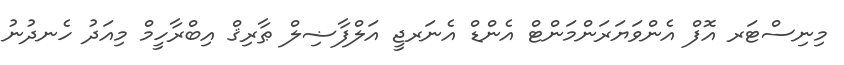
މިނިސްޓަރ އޮފް އެންވަޔަރަންމަންޓް އެންޑް އެނަރޖީ އަލްފާޟިލް ޠާރިޤް އިބްރާހީމް މިއަދު ހެނދުނު